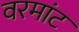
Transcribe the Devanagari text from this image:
वरमांट